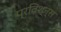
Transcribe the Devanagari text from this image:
प्रविश्न्स